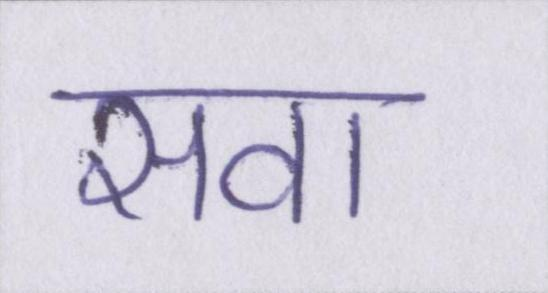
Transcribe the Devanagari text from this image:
सवा